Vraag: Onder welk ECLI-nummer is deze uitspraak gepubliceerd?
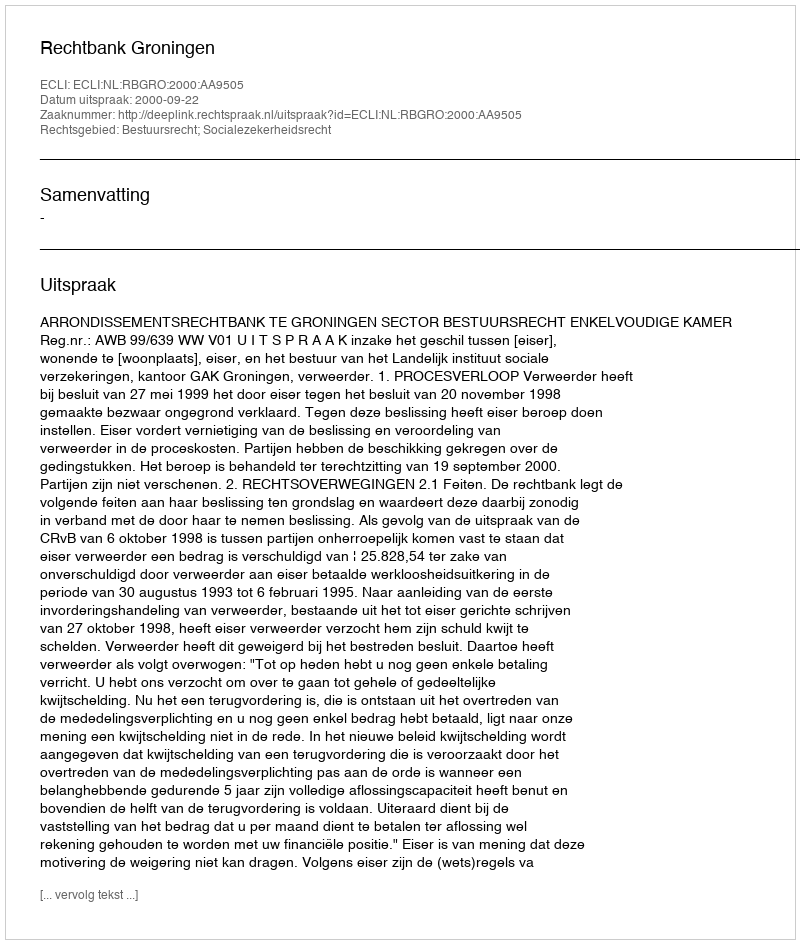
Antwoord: ECLI:NL:RBGRO:2000:AA9505